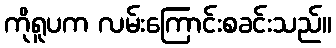
ကိုရူပက လမ်းကြောင်းစခင်းသည်။